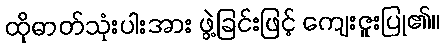
ထိုဓာတ်သုံးပါးအား ဖွဲ့ခြင်းဖြင့် ကျေးဇူးပြု၏။